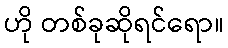
ဟို တစ်ခုဆိုရင်ရော။